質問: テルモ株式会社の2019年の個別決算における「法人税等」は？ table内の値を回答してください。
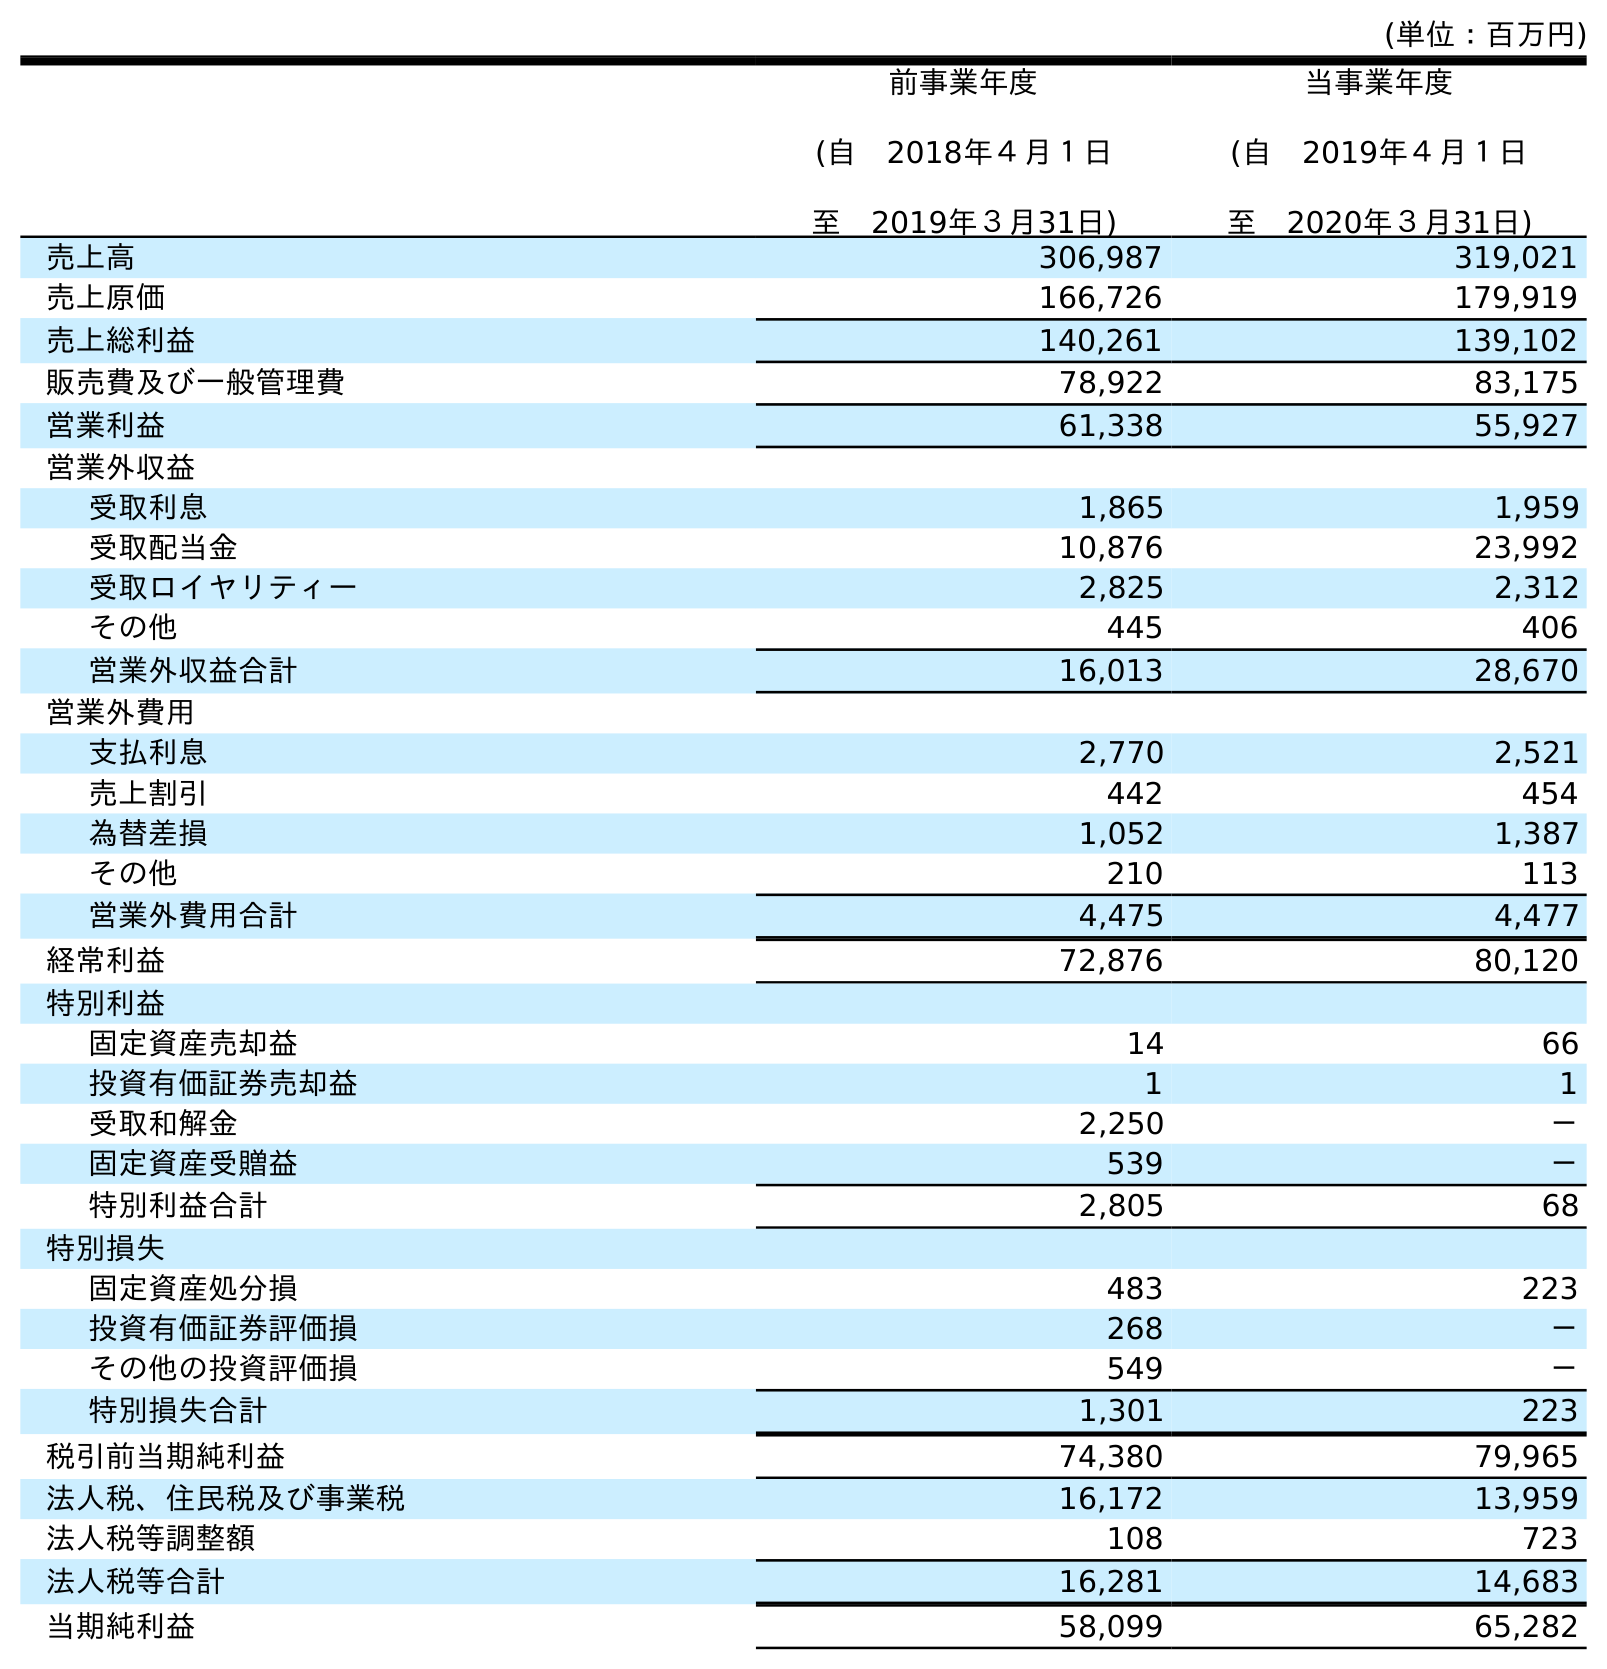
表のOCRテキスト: (単位：百万円) 前事業年度 (自 2018年４月１日 至 2019年３月31日) 当事業年度 (自 2019年４月１日 至 2020年３月31日) 売上高 306,987 319,021 売上原価 166,726 179,919 売上総利益 140,261 139,102 販売費及び一般管理費 78,922 83,175 営業利益 61,338 55,927 営業外収益 受取利息 1,865 1,959 受取配当金 10,876 23,992 受取ロイヤリティー 2,825 2,312 その他 445 406 営業外収益合計 16,013 28,670 営業外費用 支払利息 2,770 2,521 売上割引 442 454 為替差損 1,052 1,387 その他 210 113 営業外費用合計 4,475 4,477 経常利益 72,876 80,120 特別利益 固定資産売却益 14 66 投資有価証券売却益 1 1 受取和解金 2,250 － 固定資産受贈益 539 － 特別利益合計 2,805 68 特別損失 固定資産処分損 483 223 投資有価証券評価損 268 － その他の投資評価損 549 － 特別損失合計 1,301 223 税引前当期純利益 74,380 79,965 法人税、住民税及び事業税 16,172 13,959 法人税等調整額 108 723 法人税等合計 16,281 14,683 当期純利益 58,099 65,282
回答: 16,281